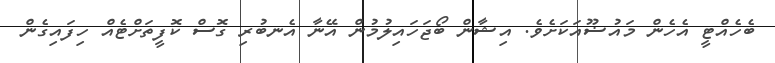
ބެހެއްޓީ އެހެން މައުޟޫއަކަށެވެ. އިޝާން ބޯޖަހައިލުމުން އޭނާ އެނބުރި ގޮސް ކޮފީތަށްޓެއް ހިފައިގެން